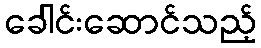
ခေါင်းဆောင်သည့်